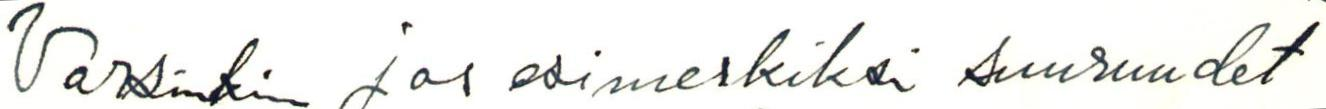
Varsinkin jos esimerkiksi suuruudet